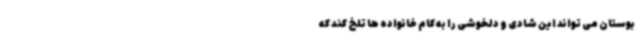
بوستان می تواند این شادی و دلخوشی را به کام خانواده ها تلخ کند که